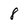
Character: 8